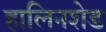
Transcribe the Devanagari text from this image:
हालिनशेड